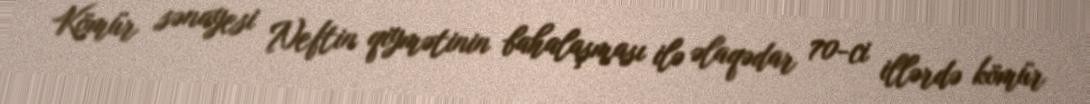
Kömür sənayesi Neftin qiymətinin bahalaşması ilə əlaqədar 70-ci illərdə kömür